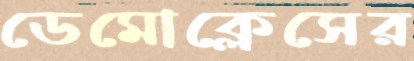
ডেমোক্লেসের